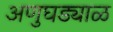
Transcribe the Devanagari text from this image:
अणुघड्याळ